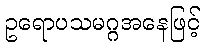
ဥရောပသမဂ္ဂအနေဖြင့်